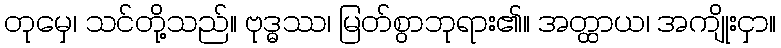
တုမှေ၊ သင်တို့သည်။ ဗုဒ္ဓဿ၊ မြတ်စွာဘုရား၏။ အတ္ထာယ၊ အကျိုးငှာ။